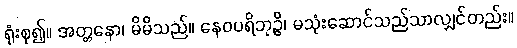
ရုံးစု၍။ အတ္တနော၊ မိမိသည်။ နေဝပရိဘုဉ္ဇိ၊ မသုံးဆောင်သည်သာလျှင်တည်း။